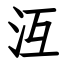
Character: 沍